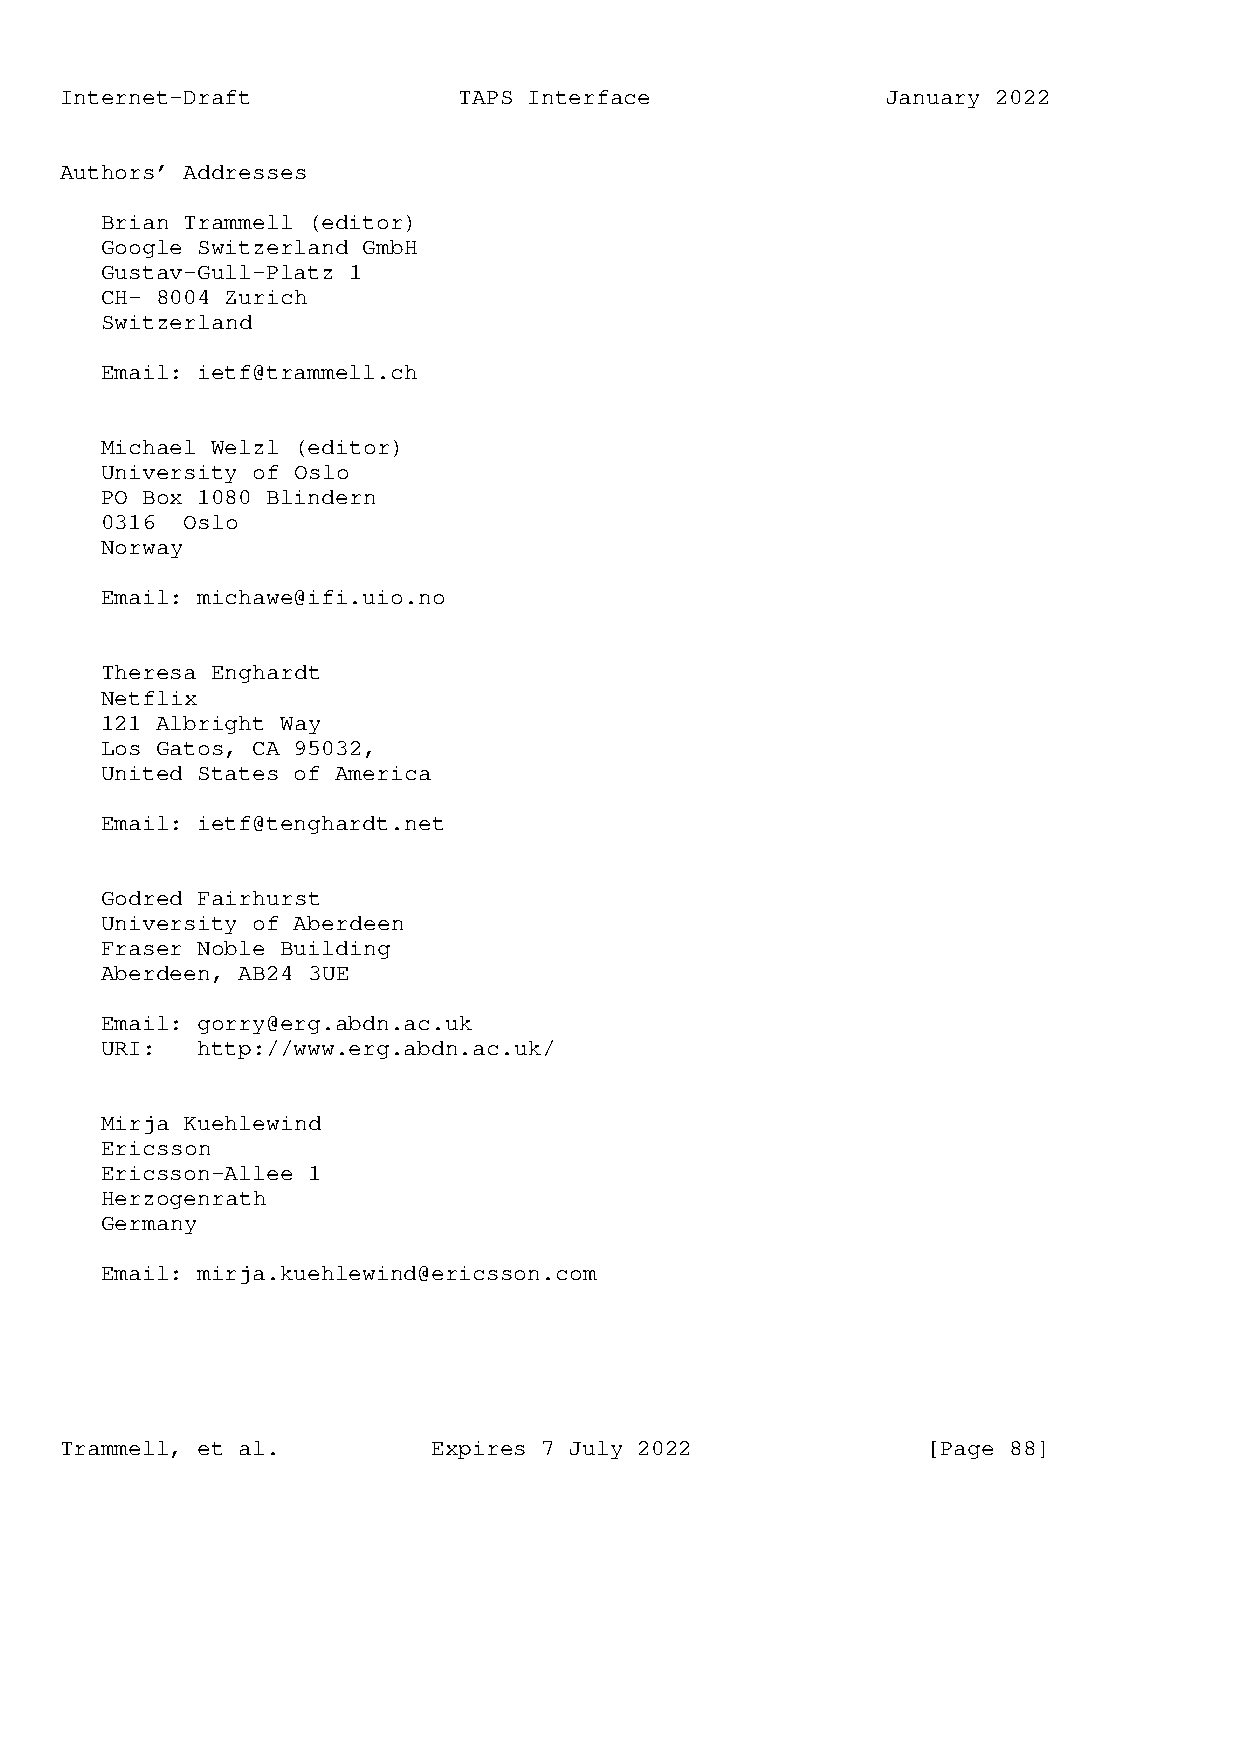
Internet-Draft            TAPS Interface               January 2022
 Authors’ Addresses
 Brian Trammell (editor)
 Google Switzerland GmbH
 Gustav-Gull-Platz 1
 CH- 8004 Zurich
 Switzerland
 Email: ietf@trammell.ch
 Michael Welzl (editor)
 University of Oslo
 PO Box 1080 Blindern
 0316 Oslo
 Norway
 Email: michawe@ifi.uio.no
 Theresa Enghardt
 Netflix
 121 Albright Way
 Los Gatos, CA 95032,
 United States of America
 Email: ietf@tenghardt.net
 Godred Fairhurst
 University of Aberdeen
 Fraser Noble Building
 Aberdeen, AB24 3UE
 Email: gorry@erg.abdn.ac.uk
 URI:  http://www.erg.abdn.ac.uk/
 Mirja Kuehlewind
 Ericsson
 Ericsson-Allee 1
 Herzogenrath
 Germany
 Email: mirja.kuehlewind@ericsson.com
 Trammell, et al.         Expires 7 July 2022             [Page 88]